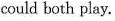
could both play.